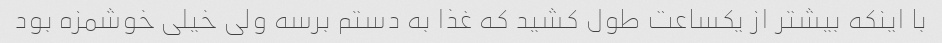
با اینکه بیشتر از یکساعت طول کشید که غذا به دستم برسه ولی خیلی خوشمزه بود